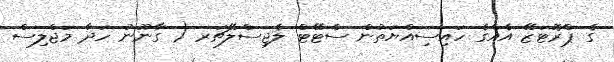
ގެ ޕްރޮޓަޒޭ އެއްގެ ހައިސިއްޔަތުން ސްޓޭޓް ލެޖިސްލޭޗަރ ( ގާނޫނު ހަދާ މަޖްލިސް